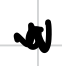
Text: a
Cross-out: zig-zag
Writing tool: digital_black